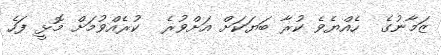
ޒަމާނުގެ  ހެއްޔެވެ ކުރާ ބަޔަކަށް އަށްވުރެ  ކުރެއްވުމަށް މޮޅީ ފަހެ